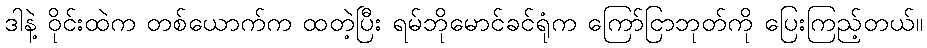
ဒါနဲ့ ဝိုင်းထဲက တစ်ယောက်က ထတဲ့ပြီး ရမ်ဘိုမောင်ခင်ရုံက ကြော်ငြာဘုတ်ကို ပြေးကြည့်တယ်။